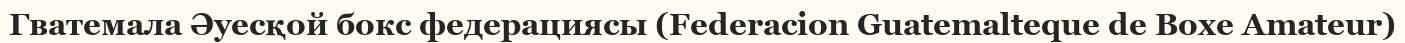
Гватемала Әуесқой бокс федерациясы (Federacion Guatemalteque de Boxe Amateur)